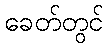
ခေတ်တွင်